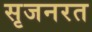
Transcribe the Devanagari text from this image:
सृजनरत